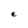
Character: e